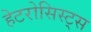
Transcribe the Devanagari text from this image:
हेटरोसिस्ट्स